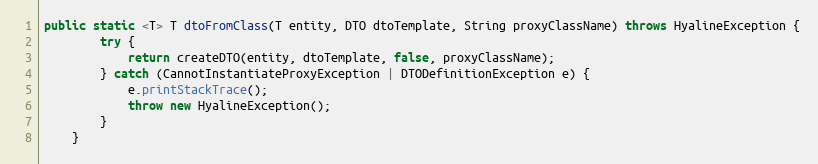
Language: Java
public static <T> T dtoFromClass(T entity, DTO dtoTemplate, String proxyClassName) throws HyalineException {
		try {
			return createDTO(entity, dtoTemplate, false, proxyClassName);
		} catch (CannotInstantiateProxyException | DTODefinitionException e) {
			e.printStackTrace();
			throw new HyalineException();
		}
	}